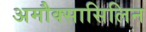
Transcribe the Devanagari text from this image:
अमौक्सासिलिन